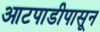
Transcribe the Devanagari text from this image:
आटपाडीपासून